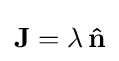
\mathbf {J} =\lambda \,\mathbf {\hat {n}}